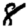
Digit: 8